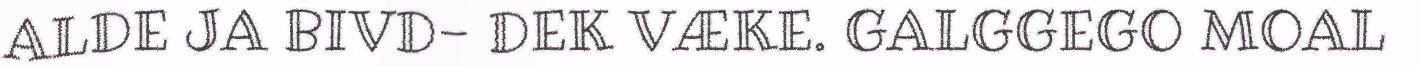
ALDE JA BIVD- DEK VÆKE. GALGGEGO MOAL